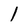
Character: l